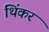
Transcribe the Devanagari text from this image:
थिंकर